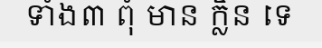
ទាំង៣ ពុំ មាន ក្លិន ទេ